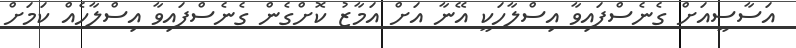
އަސާސީއަށް ގެނެސްފައިވާ އިސްލާހަކީ އޭނާ އަށް އަމާޒު ކޮށްގެން ގެނެސްފައިވާ އިސްލާހެއް ކަމަށް